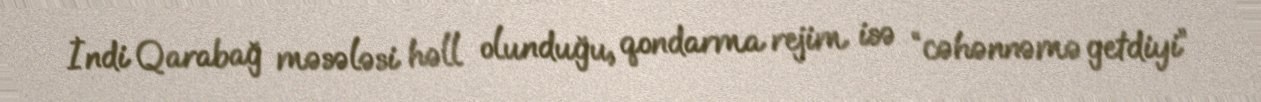
İndi Qarabağ məsələsi həll olunduğu, qondarma rejim isə “cəhənnəmə getdiyi”